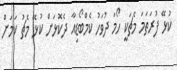
ކުޅޭ ފުރަތަމަ މެޗަކީ ހޯމަ ދުވަހު ކެމްބޯޑިއާ ދެކޮޅަށް ކުޅޭ މެޗު ކަމަށް